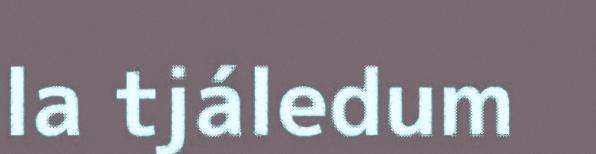
la tjáledum